Report of the Hyderabad Chloroform Commission
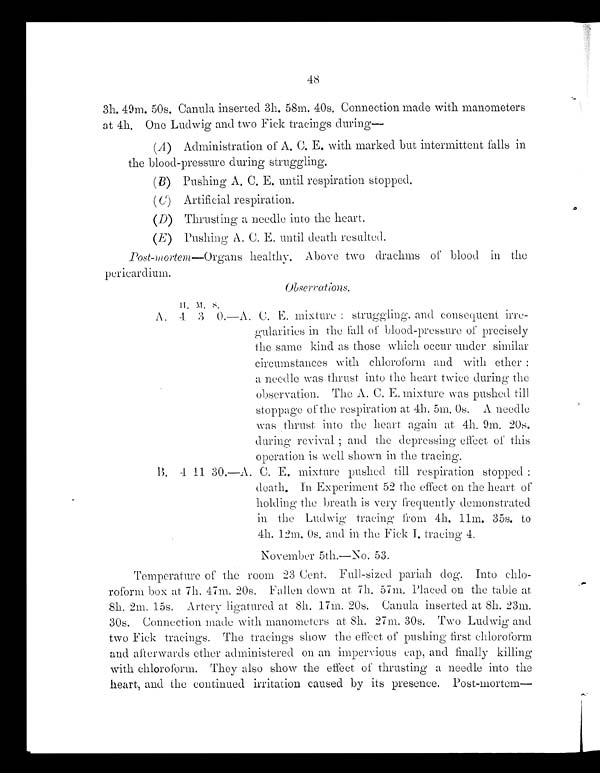
48
3h. 49m. 50s. Canula inserted 3h. 58m. 40s, Connection made with manometers
at 4h. One Ludwig and two Fick tracings during
—
(A) Administration of A. C. E. with marked but intermittent falls in
the blood-pressure during struggling.
(B) Pushing A. C. E. until respiration stopped.
(C) Artificial respiration.
(D) Thrusting a needle into the heart.
(E) Pushing A. C. E. until death resulted.
Pos-mortem— Organs healthy. Above two drachms of blood in the
pericardium.
Observation
s .
H . M . S .
A. 4 3 0.—A. C. E. mixture : struggling. and consequent irre-
gularities in the fall of blood-pressure of precisely
the same kind as those which occur under similar
circumstances with chloroform and with ether :
a needle was thrust into the heart twice during the
observation. The A. C. E. mixture was pushed till.
stoppage of the respiration at 4h. 5m, 0s. A. needle
was thrust. into the heart again at. 4h. 9m. 20s.
duri ng revi val ; and t he depressi ng effect of t hi s
operation is well shown in the tracing.
B . 4 1 1 3 0 . — A . C . E . m i x t u r e p u s h e d t i l l r e s p i r a t i o n s t o p p e d :
death. In Experiment 52 the effect on the heart, of
holding the breath is very frequently demonstrated
in the Ludwig tracing from 4h. 11m. 35s. to
4h. 12m. 0s. and in the Fick I. tracing 4.
November 5th.—No. 53.
Temperature of the room 23 Cent. Full-sized pariah dog. Into chlo-
roform box at 7h. 47m. 20s. Fallen down. at. 7h. 57m. Placed on the table at
8h. 2m. 15s. Artery ligatured at. 8h. 17m. 20s, Canula inserted at 8h. 23m.
30s. Connection made with manometers at 8h. 27m. 30s. Two Ludwig and
two Fick tracings. The tracings show the effect of pushing first chloroform
and afterwards ether administered on an impervious cap, and finally killing
with chloroform. They also show the effect of thrusting a needle into the
heart, and the continued irritation caused by its presence, Post-mortem—